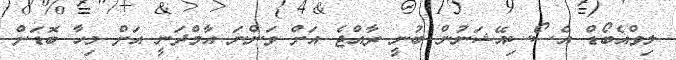
ލިވްއެބޯޑް އެސޯސިއޭޝަނުން ބުނީ ރާއްޖެ އަށް ވަންނަ އާމްދަނީ އަށް މިހާ ބޮޑަށް